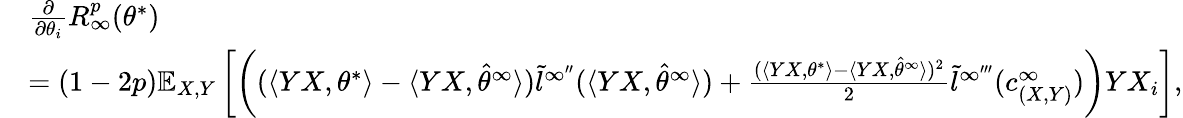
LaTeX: \begin{array}{rl}&{\frac{\partial}{\partial\theta_{i}}R_{\infty}^{p}(\theta^{*})}\\ &{=(1-2p)\mathbb{E}_{X,Y}\left[\left((\langle YX,\theta^{*}\rangle-\langle YX,\hat{\theta}^{\infty}\rangle)\tilde{l}^{\infty^{\prime\prime}}(\langle YX,\hat{\theta}^{\infty}\rangle)+\frac{(\langle YX,\theta^{*}\rangle-\langle YX,\hat{\theta}^{\infty}\rangle)^{2}}{2}\tilde{l}^{\infty^{\prime\prime\prime}}(c_{(X,Y)}^{\infty})\right)YX_{i}\right],}\end{array}